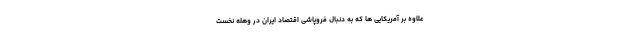
علاوه بر آمریکایی ها که به دنبال فروپاشی اقتصاد ایران در وهله نخست